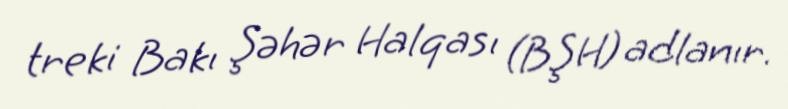
treki Bakı Şəhər Halqası (BŞH) adlanır.